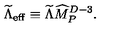
{ \widetilde \Lambda } _ { \mathrm { e f f } } \equiv { \widetilde \Lambda } { \widehat M } _ { P } ^ { D - 3 } .